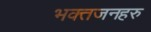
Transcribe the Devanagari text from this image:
भक्तजनहरु